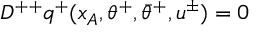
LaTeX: D ^ { + + } q ^ { + } ( x _ { A } , \theta ^ { + } , \bar { \theta } ^ { + } , u ^ { \pm } ) = 0